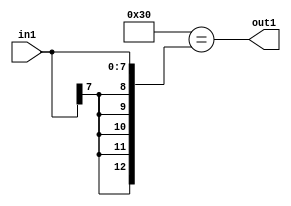
`timescale 1ps / 1ps
/*****************************************************************************
    Verilog RTL Description
    
    
    Created by: Stratus DpOpt 2019.1.01 
*******************************************************************************/

module avg_pool_Eqi48s8_1 (
	in1,
	out1
	); /* architecture "behavioural" */ 
input [7:0] in1;
output  out1;
wire  asc001;

assign asc001 = (13'B0000000110000=={{5{in1[7]}}, in1});

assign out1 = asc001;
endmodule

/* CADENCE  urnxSgE= : u9/ySgnWtBlWxVPRXgAZ4Og= ** DO NOT EDIT THIS LINE ******/